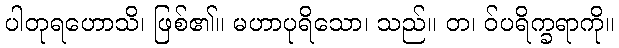
ပါတုရဟောသိ၊ ဖြစ်၏။ မဟာပုရိသော၊ သည်။ တ၊ ဝ်ပရိက္ခရာကို။